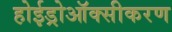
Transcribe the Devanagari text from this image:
होईड्रोऑक्सीकरण